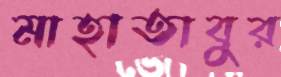
মাহাতাবুর